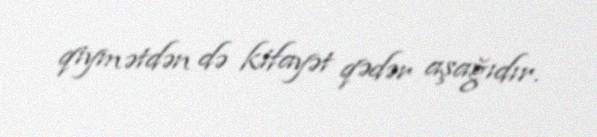
qiymətdən də kifayət qədər aşağıdır.